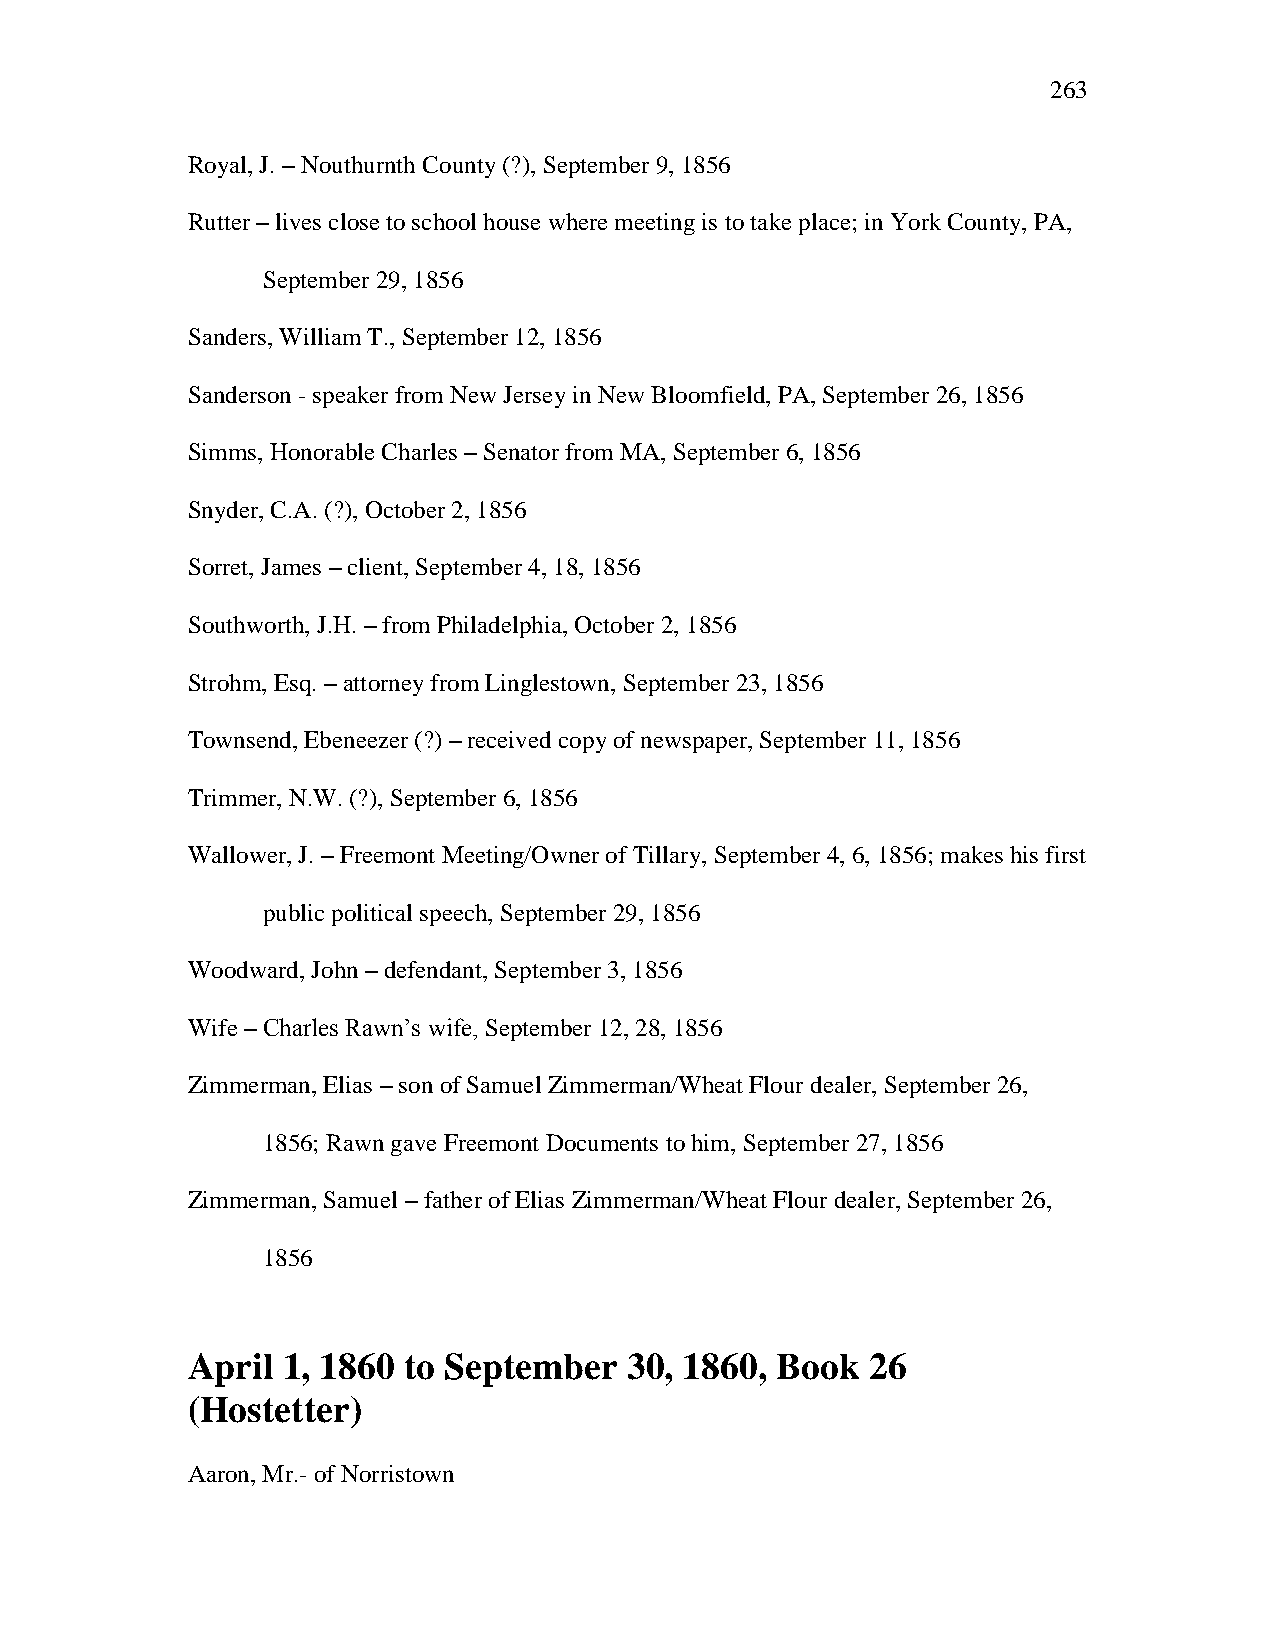
263
 Royal, J. – Nouthurnth County (?), September 9, 1856
 Rutter – lives close to school house where meeting is to take place; in York County, PA,
 September 29, 1856
 Sanders, William T., September 12, 1856
 Sanderson - speaker from New Jersey in New Bloomfield, PA, September 26, 1856
 Simms, Honorable Charles – Senator from MA, September 6, 1856
 Snyder, C.A. (?), October 2, 1856
 Sorret, James – client, September 4, 18, 1856
 Southworth, J.H. – from Philadelphia, October 2, 1856
 Strohm, Esq. – attorney from Linglestown, September 23, 1856
 Townsend, Ebeneezer (?) – received copy of newspaper, September 11, 1856
 Trimmer, N.W. (?), September 6, 1856
 Wallower, J. – Freemont Meeting/Owner of Tillary, September 4, 6, 1856; makes his first
 public political speech, September 29, 1856
 Woodward, John – defendant, September 3, 1856
 Wife – Charles Rawn‘s wife, September 12, 28, 1856
 Zimmerman, Elias – son of Samuel Zimmerman/Wheat Flour dealer, September 26,
 1856; Rawn gave Freemont Documents to him, September 27, 1856
 Zimmerman, Samuel – father of Elias Zimmerman/Wheat Flour dealer, September 26,
 1856
 April  1, 1860 to September   30, 1860, Book  26
 (Hostetter)
 Aaron, Mr.- of Norristown